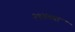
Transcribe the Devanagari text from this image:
२१४च्या